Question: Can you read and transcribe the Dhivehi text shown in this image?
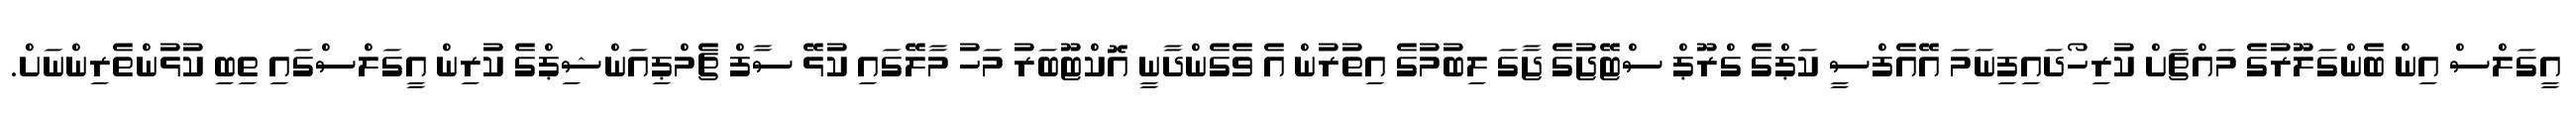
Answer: އީގަލްސް އިން ބެންގަލޫރުގެ މައްޗަށް ކުރިހޯދައިފިނަމަ އޭއެފްސީ ކަޕްގެ ގްރޫޕް ސްޓޭޖުގެ ޖާގަ ލިބުމުގެ އިތުރުން އެ ވެގެންދާނީ އޮކްޓޫބަރު މަހު މާލޭގައި ކުޅޭ ސާފް ޗެމްޕިއަންޝިޕްގެ ކުރިން އީގަލްސްގައި ތިބި ކުޅުންތެރިންނަށް.